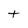
Character: t